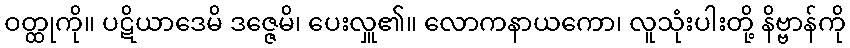
ဝတ္ထုကို။ ပဋိယာဒေမိ ဒဇ္ဇေမိ၊ ပေးလှူ၏။ လောကနာယကော၊ လူသုံးပါးတို့ နိဗ္ဗာန်ကို